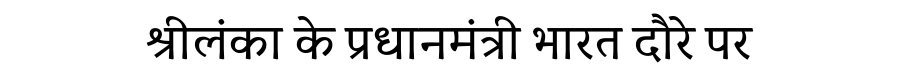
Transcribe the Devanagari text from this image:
श्रीलंका के प्रधानमंत्री भारत दौरे पर